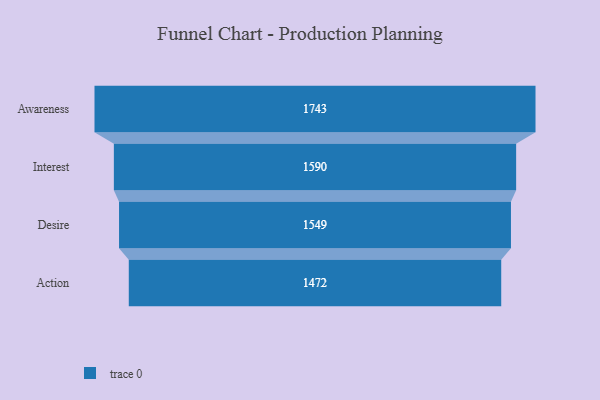
{"axis": {"x": "Stage", "y": "Value"}, "legend": [""], "data": [{"x": "Awareness", "y": 1743.0, "type": ""}, {"x": "Interest", "y": 1590.0, "type": ""}, {"x": "Desire", "y": 1549.0, "type": ""}, {"x": "Action", "y": 1472.0, "type": ""}]}